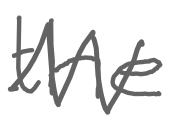
Text: the
Cross-out: zig-zag
Writing tool: digital_gray